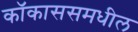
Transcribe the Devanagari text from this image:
कॉकाससमधील